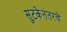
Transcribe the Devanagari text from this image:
सुटकेनंतरचे